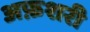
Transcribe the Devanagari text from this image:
अफ़शरी